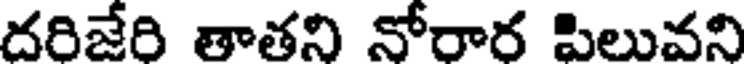
దరిజేరి తాతని నోరార పిలువని